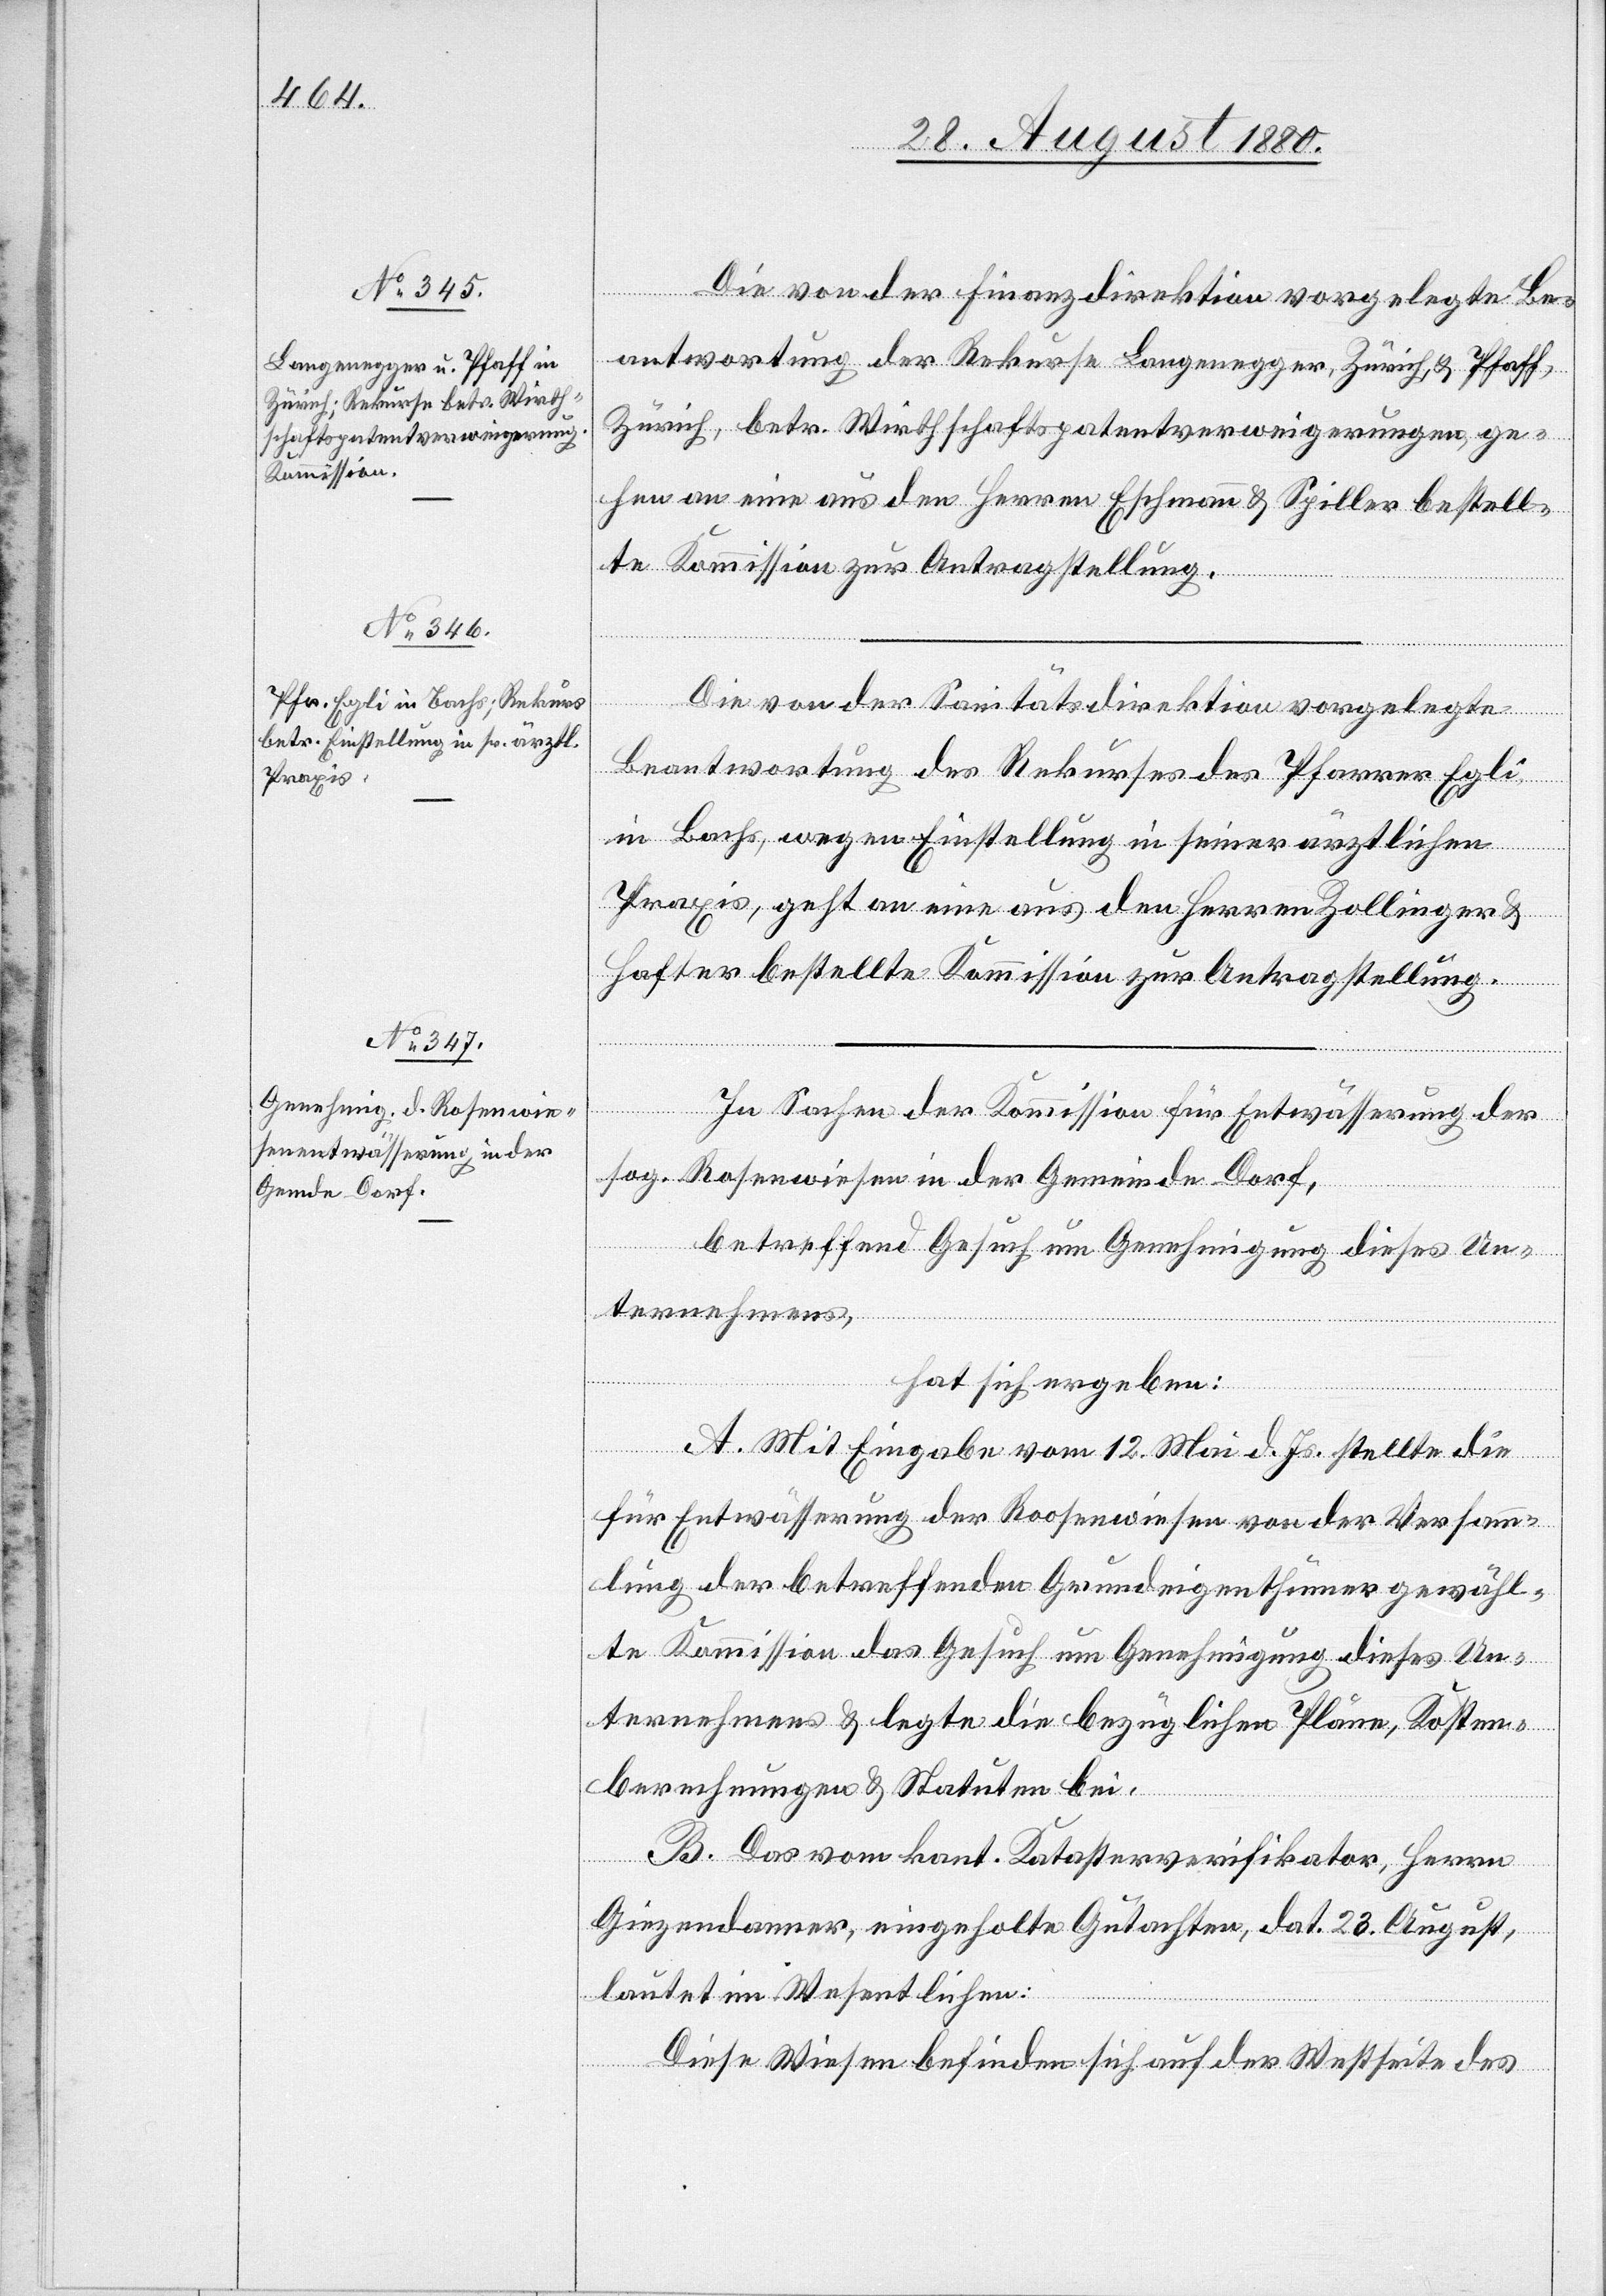
Die von der Finanzdirektion vorgelegte Be¬
antwortung der Rekurse Langenegger, Zürich & Pfaff,
Zürich, betr. Wirthschaftspatentverweigerungen, ge¬
hen an eine aus den Herren Eschmann & Spiller bestell¬
te Kommission zur Antragstellung.
Die von der Sanitätsdirektion vorgelegte
Beantwortung des Rekurses des Pfarrer Egli
in Bachs, wegen Einstellung in seiner ärztlichen
Praxis, geht an eine aus den Herren Zollinger &
Hafter bestellte Kommission zur Antragstellung.
In Sachen der Kommission für Entwässerung der
sog. Rosenwiesen in der Gemeinde Dorf,
betreffend Gesuch um Genehmigung dieses Un¬
ternehmens,
hat sich ergeben:
A. Mit Eingabe vom12. Mai d. Js. stellte die
für Entwässerung der Rosenwiesen von der Versamm¬
lung der betreffenden Grundeigenthümer gewähl¬
te Kommission das Gesuch um Genehmigung dieses Un¬
ternehmens & legte die bezüglichen Pläne, Kosten¬
berechnungen & Statuten bei.
B. Das vom kant. Katasterverifikator, Herrn
Giezendanner, eingeholte Gutachten, dat. 23. August,
lautet im Wesentlichen:
Diese Wiesen befinden sich auf der Westseite des